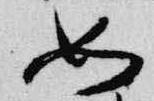
如